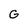
Character: G